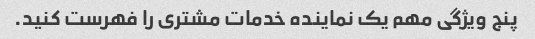
پنج ویژگی مهم یک نماینده خدمات مشتری را فهرست کنید.